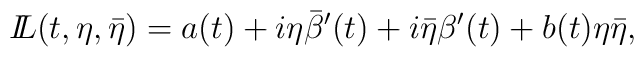
{I\!\!L}(t,\eta,\bar\eta) = a(t) + i\eta \bar\beta^\prime(t) + i\bar\eta \beta^\prime(t) + b(t)\eta \bar\eta,